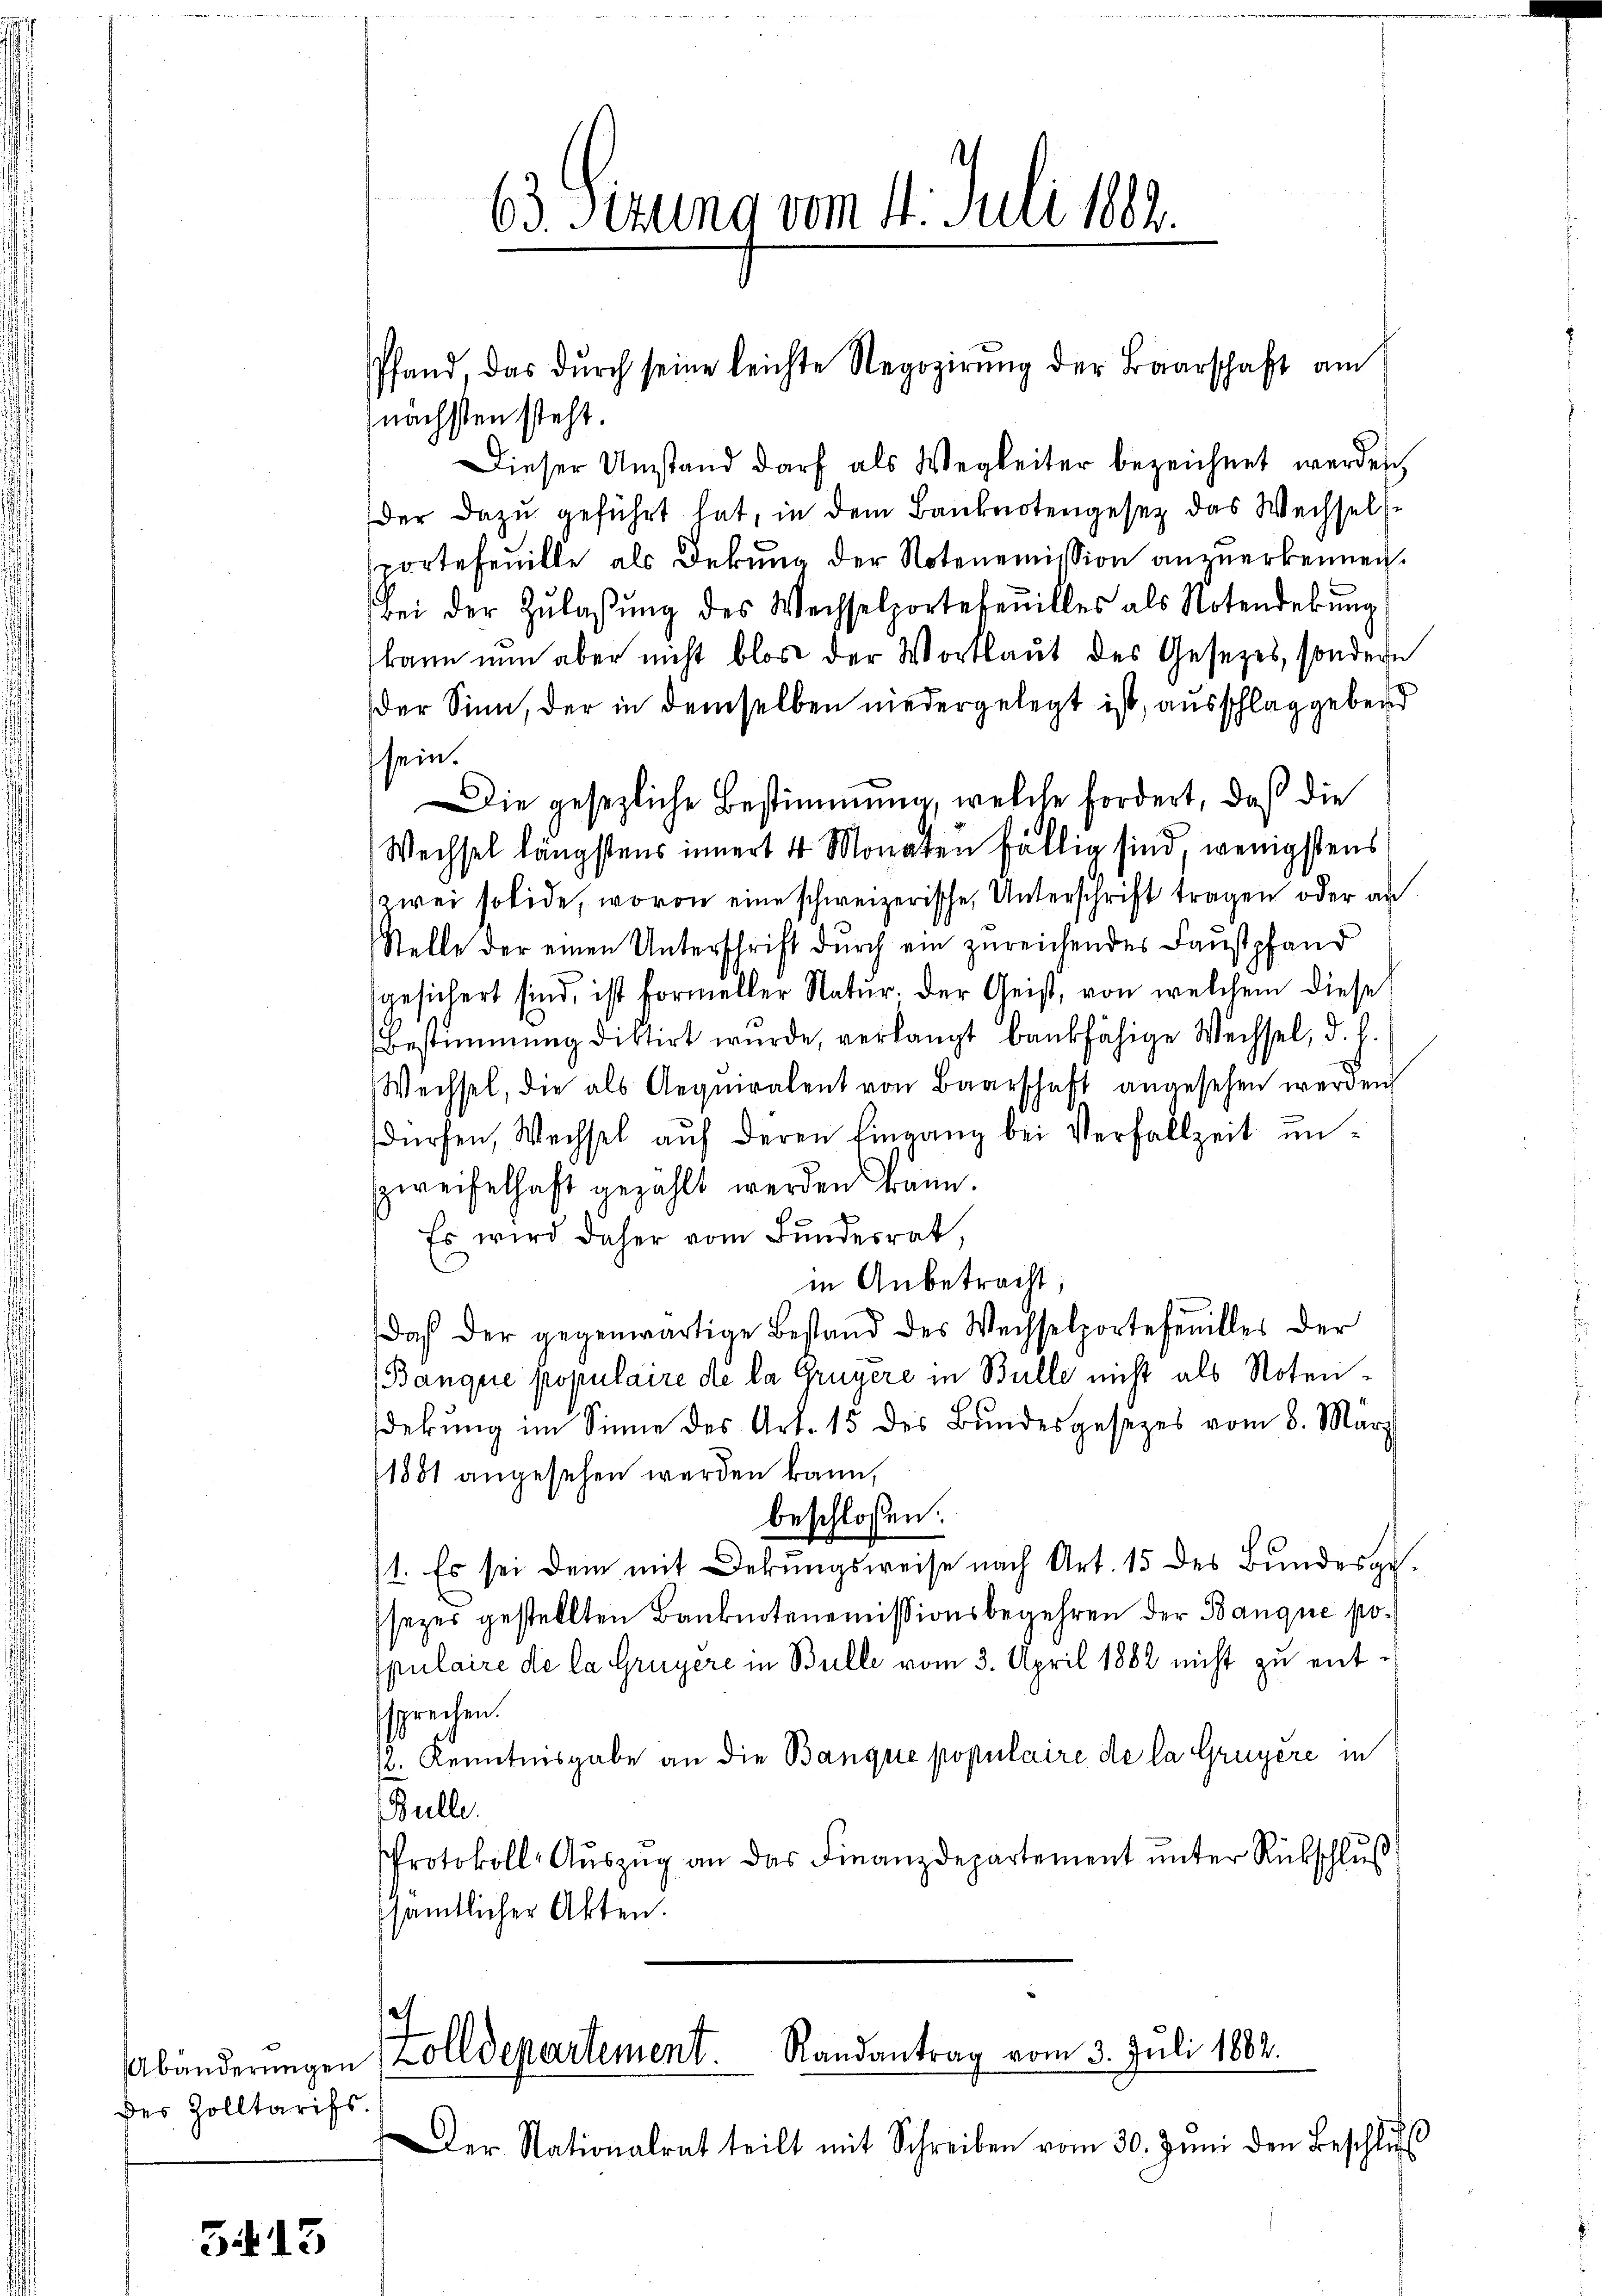
Abänderungen
des Zolltarifs.

5413

63. Sizung vom 14. Juli 1882.

nächsten steht.
Dieser Umstand darf als Wegkeiter bezeichnet werden,
der dazu geführt hat, in dem Banknotengesetz das Wechselse
portefeuille als Dekŭng der Notenemission anzuerkennen.
Bei der Zŭlassŭng des Wechselportetenilles als Notenderŭng
kann nun aber nicht blos der Wortlaut des Gesetzes, sondern
der Sinn, der in demselben niedergelegt ist, ausschlag gebend
sein.
Die gesezliche Bestimmung, welche fordert, daß die
Wechsel längstens innert 4 Monaten fällig sind, wenigstens
wei solide, wovon eine schweizerische Unterschrift tragen oder an
Stelle der einen Unterschrift durch ein zureichendes Faustpfand
gesichert sind, ist formeller Natur. Der Geist, von welchem diese
Bestimmung diktirt wurde, verlangt bankfähige Wechsel, d. b.
Wechsel, die als Aequiralent von Baarschaft angesehen werden
dürfen, Wechsel aŭf deren Eingang bei Verfallzeit un-
zweifelhaft gezahlt werden kann.
Es wird daher vom Bundesrat
in Anbetracht;
Daß der gegenwärtige Bestand des Wechselportefenilles der
Banque populaire de la Gruyere in Bulle nicht als Noten-
dekung im Sinne des Art. 15 des Bundesgesezes vom 8. März
1881 angesehen werden kann,
beschlossen:
1. Es sei dem mit Dekungsweise nach Art. 15 des Bundesgesezer gestellten Banknotenemissionsbegehren der Banque populaire de la Gruyere in Bulle vom 3. April 1882 nicht zu entssprechen.
s. Kenntnisgabe an die Banque populaire de la Gruyère in
Bulle.
Protokoll-Aŭszŭg an das Finanzdepartement ŭnter Rückschluß
sämtlicher Akten.

Pfand, das dŭrch seine leichte Regozirŭng der Baarschaft am

a
Zolldepartement. Randantrag vom 3. Juli 1882.
Der Nationalrat teilt mit Schreiben vom 30. Juni den Beschluss